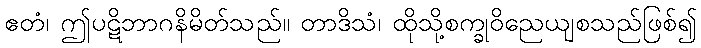
ဧတံ၊ ဤပဋိဘာဂနိမိတ်သည်။ တာဒိသံ၊ ထိုသို့စက္ခုဝိညေယျစသည်ဖြစ်၍